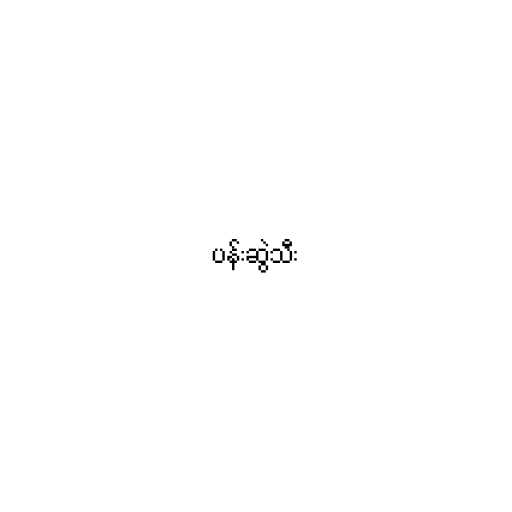
ပန်းဆွဲသီး